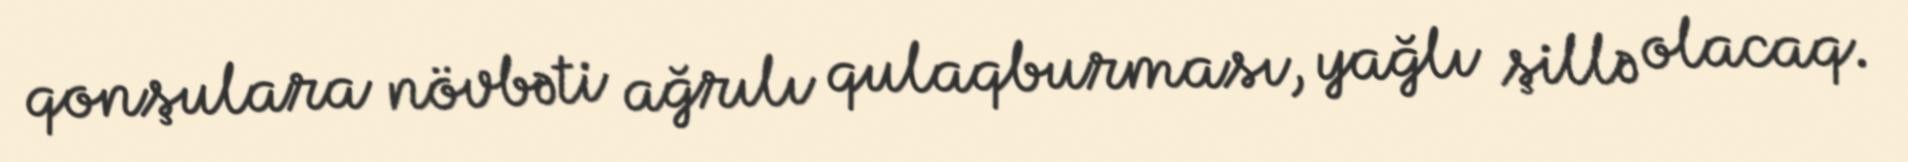
qonşulara növbəti ağrılı qulaqburması, yağlı şillə olacaq.